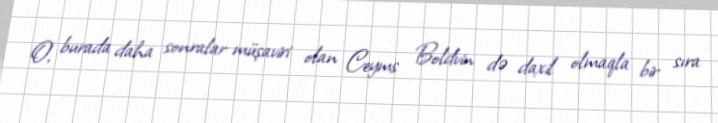
O, burada daha sonralar müşaviri olan Ceyms Boldvin də daxil olmaqla bir sıra